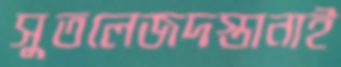
সুতলেজদস্তানাই